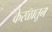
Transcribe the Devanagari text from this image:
केरळातून